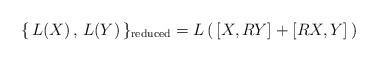
\begin{align*}\{ \, L(X)\, ,\, L(Y)\, \}_{\rm reduced}=L\, (\,[X,RY]+[RX,Y]\,)\end{align*}